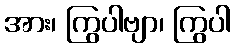
အား၊ ကြွပါဗျာ၊ ကြွပါ